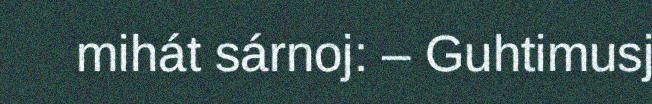
mihát sárnoj: – Guhtimusj